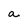
Character: a